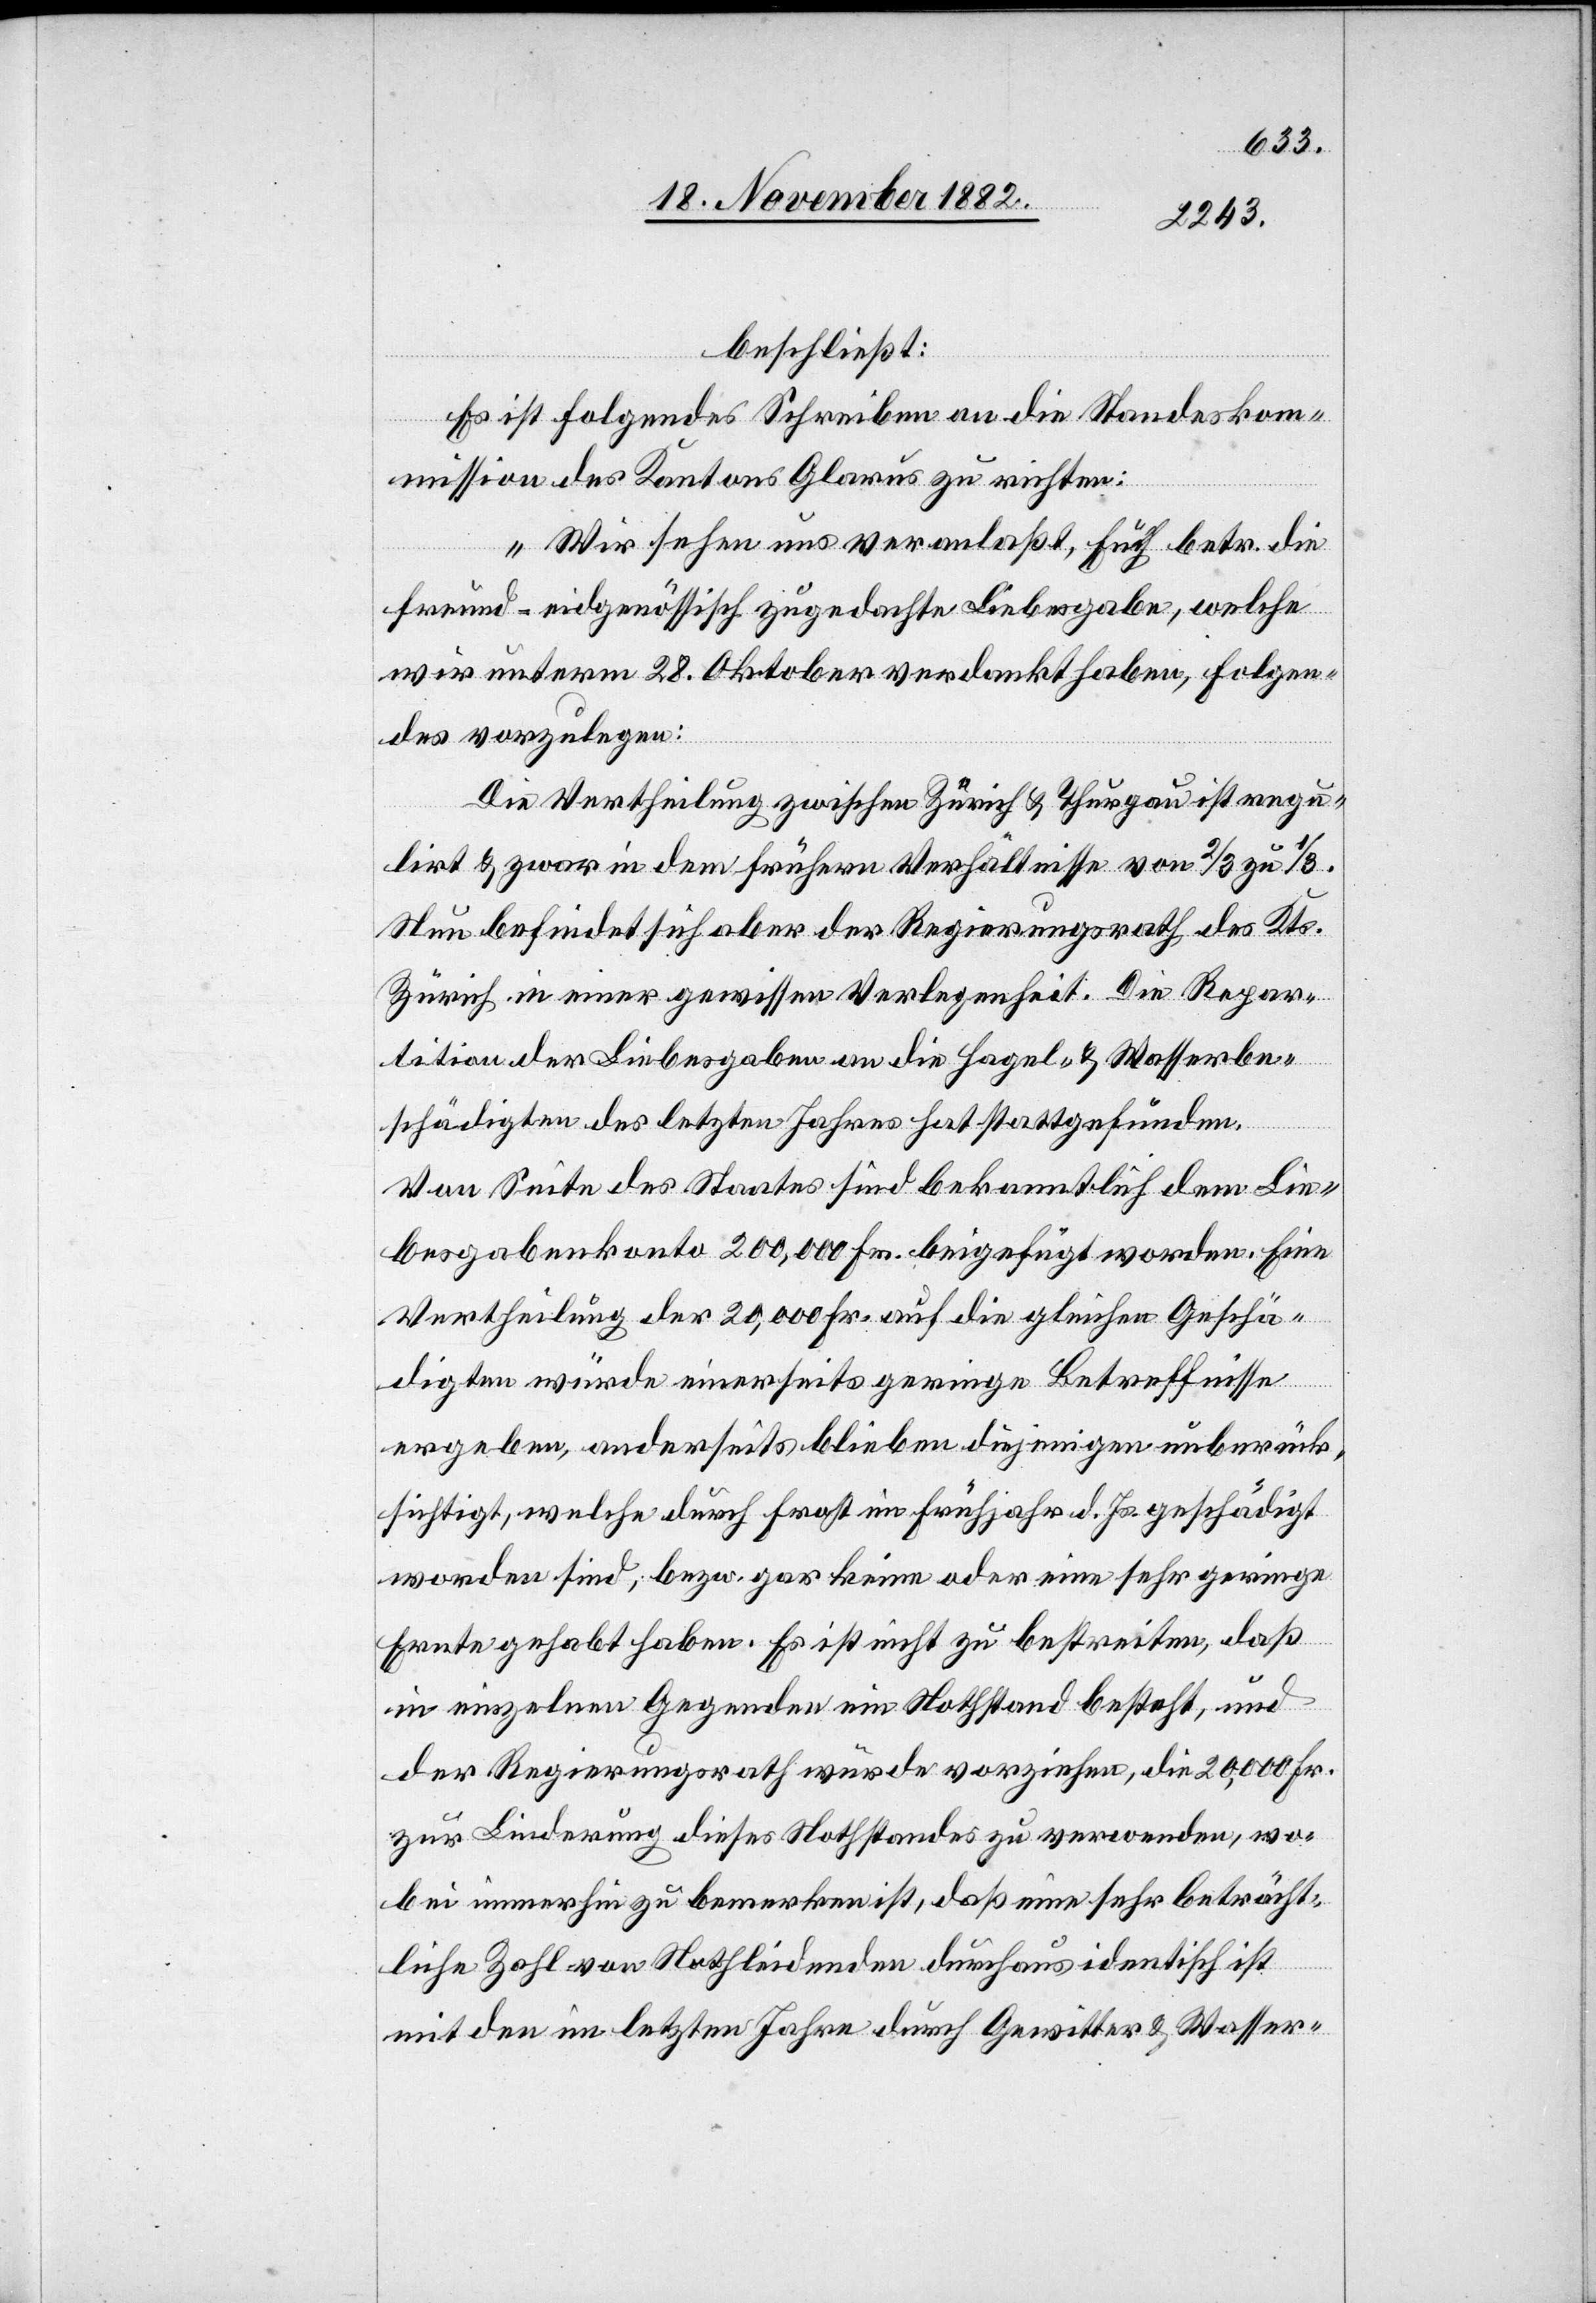
beschließt:
Es ist folgendes Schreiben an die Standeskom¬
mission des Kantons Glarus zu richten:
„Wir sehen uns veranlaßt, Euch betr. die
Freund-eidgenössisch zugedachte Liebesgabe, welche
wir unterm 28. Oktober verdankt haben, Folgen¬
des vorzulegen:
Die Vertheilung zwischen Zürich & Thurgau ist regu¬
lirt & zwar in dem frühern Verhältnisse von 2/3 zu 1/3.
Neu befindet sich aber der Regierungsrath des Kts.
Zürich in einer gewissen Verlegenheit. Die Repar¬
tition der Liebesgaben an die Hagel- & Wasserbe¬
schädigten des letzten Jahres hat stattgefunden.
Von Seite des Staates sind bekanntlich dem Lie¬
besgabenkonto 200,000 Fr. beigefügt worden. Eine
Vertheilung der 20,000 Fr. auf die gleichen Geschä¬
digten würde einerseits geringe Betreffnisse
ergeben, anderseits blieben diejenigen unberück¬
sichtigt, welche durch Frost im Frühjahr d. Js. geschädigt
worden sind, bezw. gar keine oder eine sehr geringe
Ernte gehabt haben. Es ist nicht zu bestreiten, daß
in einzelnen Gegenden ein Nothstand besteht, und
der Regierungsrath würde vorziehen, die 20,000 Fr.
zur Linderung dieses Nothstandes zu verwenden, wo¬
bei immerhin zu bemerken ist, daß eine sehr beträcht¬
liche Zahl von Nothleidenden durchaus identisch ist
mit den im letzten Jahre durch Gewitter & Wasser-